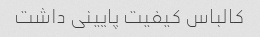
کالباس کیفیت پایینی داشت